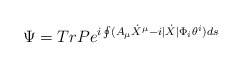
\begin{align*}\Psi =TrPe^{i\oint (A_{\mu }\dot{X}^{\mu }-i|\dot{X}|\Phi _{i}\theta ^{i})ds}\end{align*}